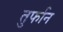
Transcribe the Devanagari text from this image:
तुर्फान